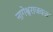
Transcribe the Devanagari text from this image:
नागेश्वराजवळ